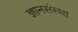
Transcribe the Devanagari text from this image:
ज्ञानसंस्था